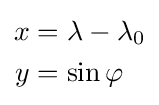
{\begin{aligned}x&=\lambda -\lambda _{0}\\y&=\sin \varphi \end{aligned}}